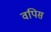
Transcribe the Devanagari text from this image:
वपिस